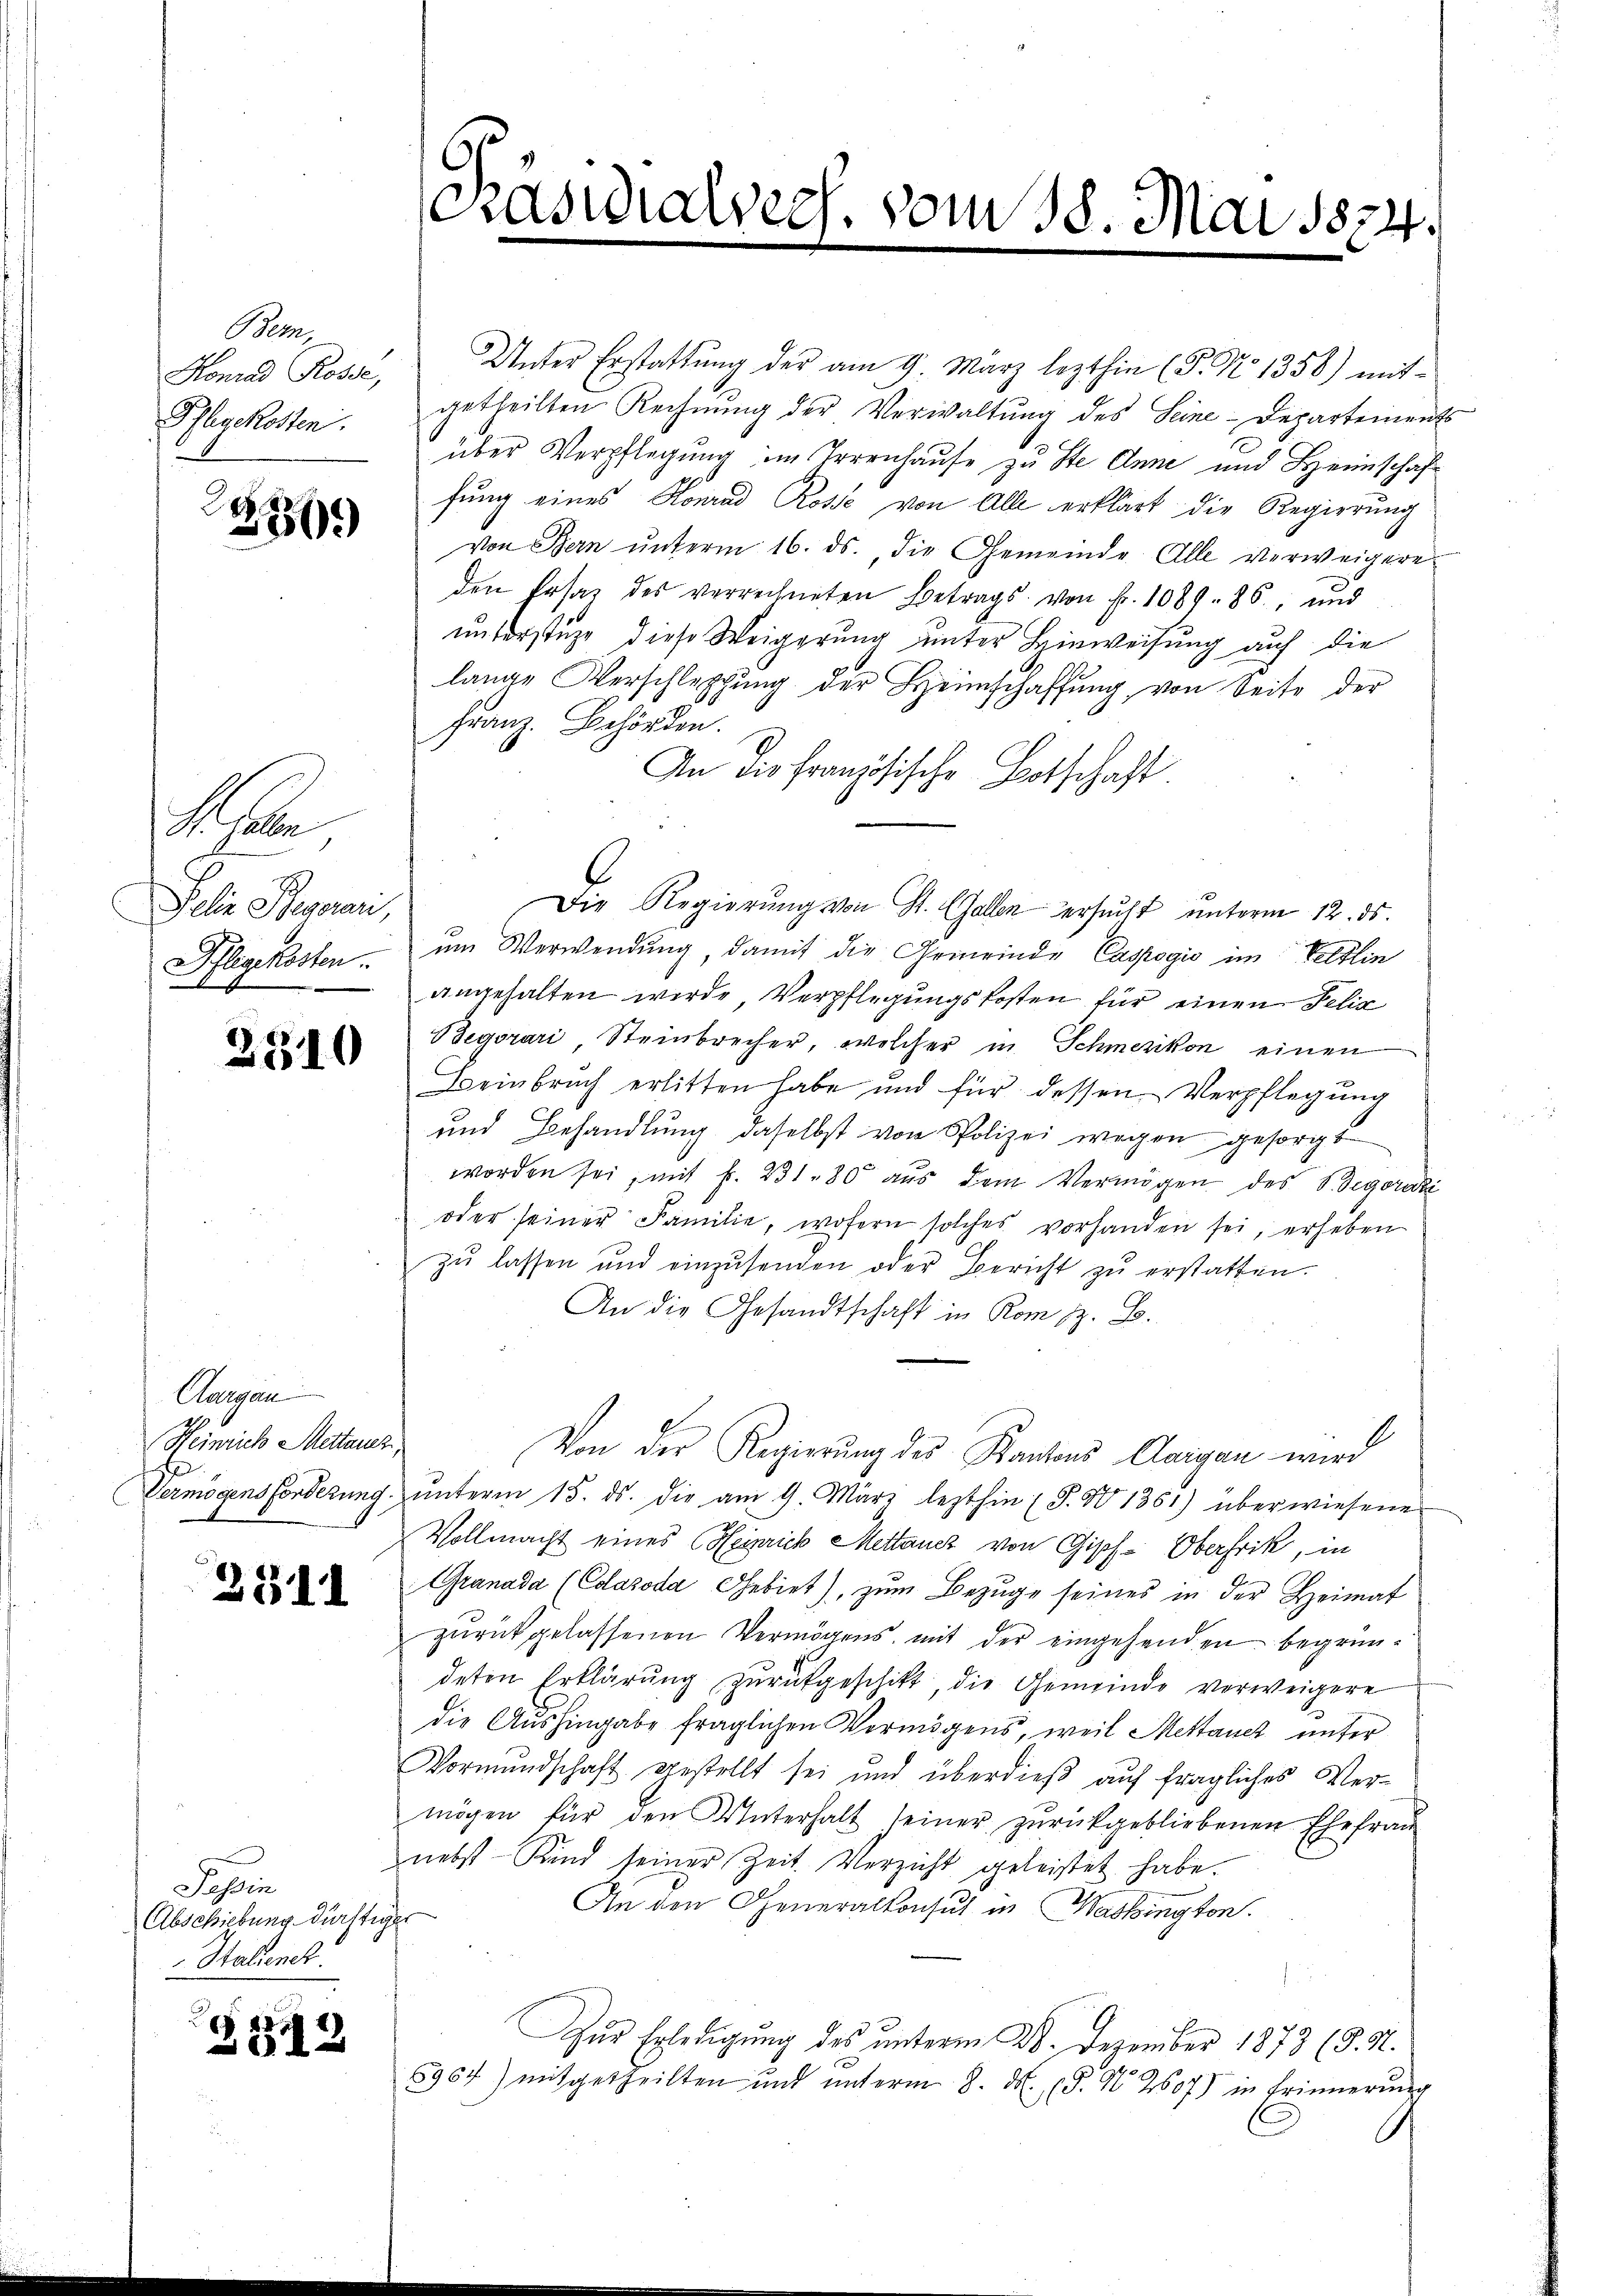
Bern,
Pflegekosten.

236.

Haben,
Pelin Stegorari,

2310

Aargau
Heinrich Mettanz

2511

Papen
Abschiebung dürftiger
Stalienet.

173

Konrad Rosse Unter Erstattŭng der am 9. März lezthin (P. No 1358) mit-
getheilten Rechnŭng der Verwaltŭng des Seine-Departements
über Verpflegung im Irrenhause zu Ste Anne und Heimschaffung eines Konrad Rosse von Alle erklärt die Regierung
von Bern ŭnterm 16. ds., die Gemeinde Alle verweigere
den Ersatz des verrechneten Betrags von Fr. 1089. 86, und
unterstüze diese Weigerung unter Hinweisung auf die
lange Verschleppung der Heimschaffŭng von Seite der
Franz. Behörden.
An die französische Botschaft
Die Regierŭng von St. Gallen ersucht unterm 12. ds.
Pflegekosten ŭm Verwendung, damit die Gemeinde Casrogio im Veltlin
angehalten werde, Verpflegungskosten für einen Felix
Begorari, Steinbrecher, welcher in Schmerikon einen
Beinbruch erlitten habe und für dessen Verpflegŭng
und Behandlung daselbst von Polizei wegen gesorgt
worden sei, mit f. 231. 80 aŭs dem Vermögen des Begorazi
oder seiner Familie, wofern solches vorhanden sei, erheben
zŭ lassen und einzŭsenden oder Bericht zŭ erstatten.
An die Gesandtschaft in Rom z. B.
Von der Regierung des Kantons Aargau wird
Vermögens Forderung unterm 15. ds. die am 9. März lezthin (§. N 1361) überwiesene
Vollmacht eines Heinrich Mettanez von Gipf-Oberfrik, in
Granada (Cdasoda Gebiet), zum Bezuge seines in der Heimat
zurückgelassenen Vermögens, mit der eingehenden begründeten Erklärung zurückgeschikt, die Gemeinde verweigere
die Aushingabe fraglichen Vermögens, weil Mettauet unter
Vormundschaft gestellt sei und überdieß auf fragliches Vermögen für den Unterhalt seiner zŭrückgebliebenen Ehefraŭ
nebst Kind seiner Zeit. Verzicht geleistet habe.
An den Generalkonsul in Washington.
.
Zur Erledigung des unterm 28. Dezember 1873 (d. M.
5964) mitgetheilten und ŭnterm 8. M. (§. N. 2607) in Erinnerŭng

Präsidialverh. vom 18. Mai 1874.